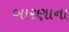
બારણાના